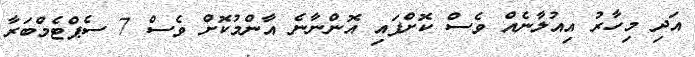
އަދި މިހާރު އިއުލާނެއް ވެސް ކޮށްފައި އޮންނާނެ އާންމުކޮށް ވެސް 7 ސެޕްޓެމްބަރާ